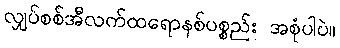
လျှပ်စစ်အီလက်ထရောနစ်ပစ္စည်း အစုံပါပဲ။